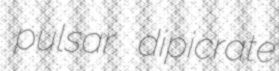
pulsar dipicrate